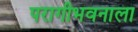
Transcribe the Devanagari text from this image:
परागीभवनाला